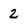
Character: 2